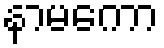
နာမကော